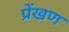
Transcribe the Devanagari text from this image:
प्रेंखण